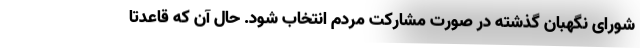
شورای نگهبان گذشته در صورت مشارکت مردم انتخاب شود. حال آن که قاعدتا